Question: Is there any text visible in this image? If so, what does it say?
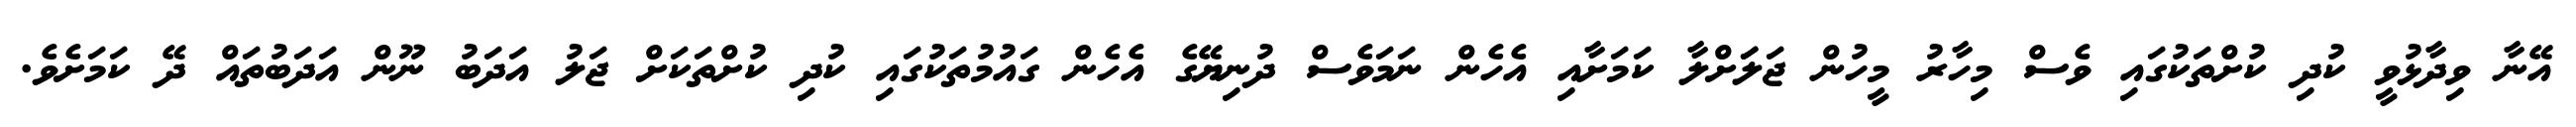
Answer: އޭނާ ވިދާޅުވީ ކުދި ކުށްތަކުގައި ވެސް މިހާރު މީހުން ޖަލަަށްލާ ކަމަށާއި އެހެން ނަމަވެސް ދުނިޔޭގެ އެހެން ގައުމުތަކުގައި ކުދި ކުށްތަކަށް ޖަލު އަދަބު ނޫން އަދަބުތައް ދޭ ކަމަށެވެ.